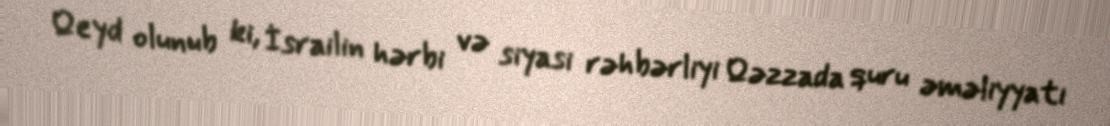
Qeyd olunub ki, İsrailin hərbi və siyasi rəhbərliyi Qəzzada quru əməliyyatı